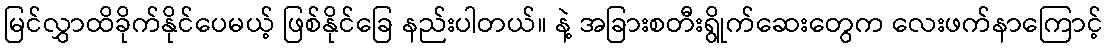
မြင်လွှာထိခိုက်နိုင်ပေမယ့် ဖြစ်နိုင်ခြေ နည်းပါတယ်။ နဲ့ အခြားစတီးရွိုက်ဆေးတွေက လေးဖက်နာကြောင့်